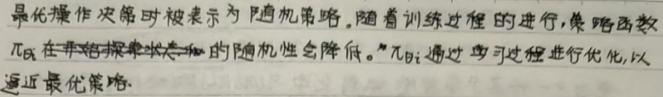
最优操作决策时被表示为随机策略.随着训练过程的进行,策略函数$\pi_{\theta}$在策略探索状态上的随机性会降低。$\pi_{\theta}$通过学习过程进行优化,以逼近最优策略.